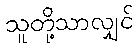
သူတို့သာလျှင်